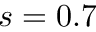
s = 0 . 7